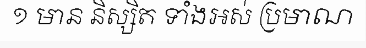
១ មាន និស្សិត ទាំងអស់ ប្រមាណ